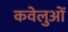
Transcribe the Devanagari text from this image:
कवेलुओं